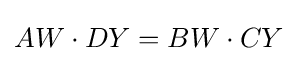
AW\cdot DY=BW\cdot CY